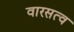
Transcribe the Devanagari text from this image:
वारसत्व